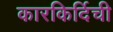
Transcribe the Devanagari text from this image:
कारकिर्दिची